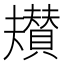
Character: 𮚡